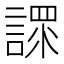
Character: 𧪟